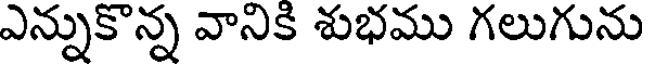
ఎన్నుకొన్న వానికి శుభము గలుగును